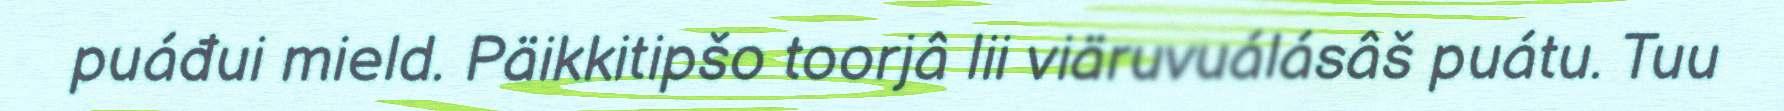
puáđui mield. Päikkitipšo toorjâ lii viäruvuálásâš puátu. Tuu